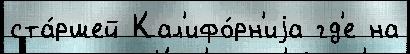
ста́ршей Кал'ифо́рн'иjа гд'е на